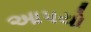
આપયો